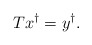
\begin{align*}T x^\dag = y^\dag.\end{align*}